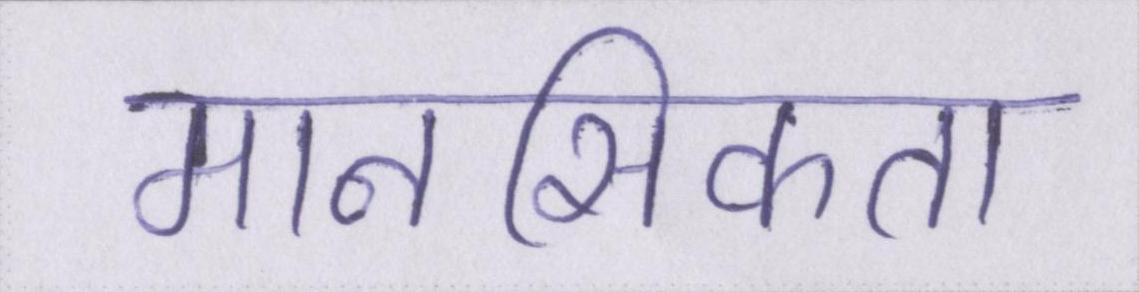
मानसिकता